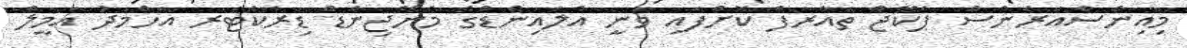
މިއިންސްއަރެންސް ޕެކޭޖް ތައާރަފް ކޮށްފައި ވަނީ އެލައިންޑްގެ މެނޭޖިންޑް ޑިރެކްޓަރ އަހްމަދު އަމީލް